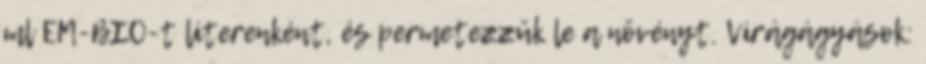
ml EM-BIO-t literenként, és permetezzük le a növényt. Virágágyások: